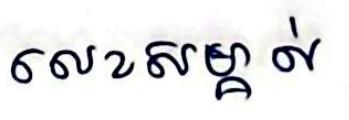
លេខសម្គាល់